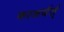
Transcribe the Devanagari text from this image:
काअर्यर्त्